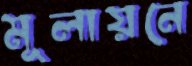
মূলায়নে